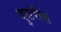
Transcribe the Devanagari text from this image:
दुसरीस